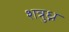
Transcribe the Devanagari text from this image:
शत्रुध्न